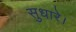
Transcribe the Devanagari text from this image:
सुधारे।